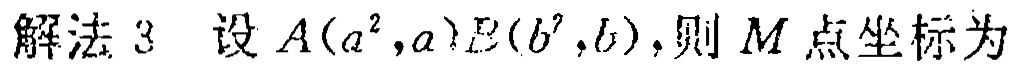
解法 3 设 \(A(a^{2},a),B(b^{2},b)\)，则 \(M\) 点坐标为